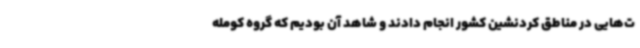
ت‌هایی در مناطق کردنشین کشور انجام دادند و شاهد آن بودیم که گروه کومله